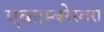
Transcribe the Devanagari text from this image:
एकाम्बरेस्वरा